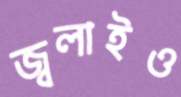
জ্বলাইও